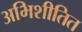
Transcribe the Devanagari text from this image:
अभिशीतित